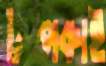
টপকাই